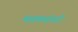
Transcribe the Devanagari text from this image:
मत्तमत्तांतरी